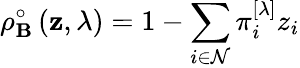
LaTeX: \rho_{\mathbf{B}}^{\circ}\left(\mathbf{{z}},\lambda\right)=1-\sum_{i\in\mathcal{{N}}}\pi_{i}^{\left[\lambda\right]}z_{i}